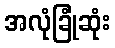
အလုံခြုံဆုံး